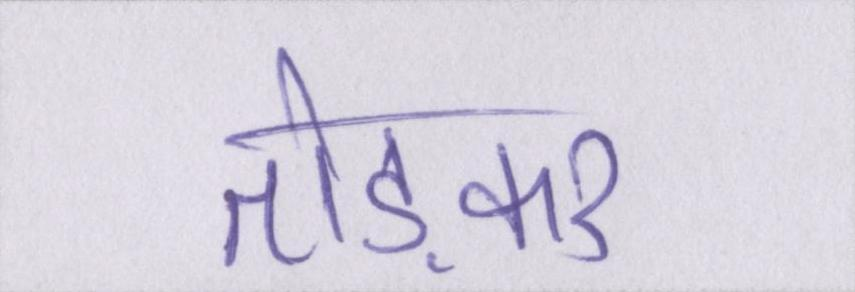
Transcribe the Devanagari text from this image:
तोड़कर